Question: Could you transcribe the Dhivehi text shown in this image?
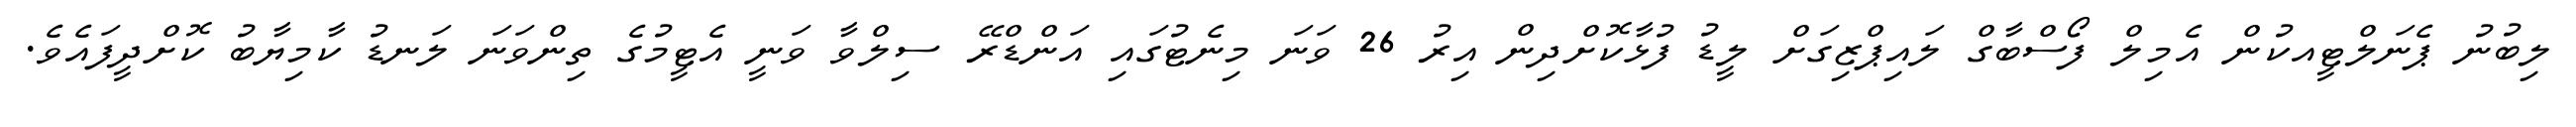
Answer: ލިބުނު ޕެނަލްޓީއކުން އެމިލް ފޯސްބާގް ލައިޕްޒިގަށް ލީޑު ފުޅާކޮށްދިން އިރު 26 ވަނަ މިނެޓުގައި އަންޑްރޭ ސިލްވާ ވަނީ އެޓީމުގެ ތިންވަނަ ލަނޑު ކާމިޔާބު ކޮށްދީފައެވެ.